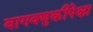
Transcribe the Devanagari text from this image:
वागवणुकीपेक्षा